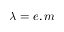
\lambda = e , m